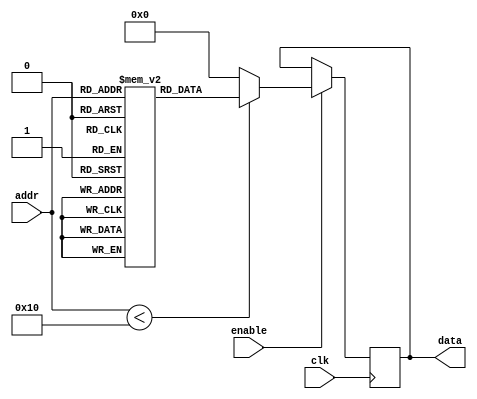
module Parameterized_ROM #(
    parameter ADDR_WIDTH = 4,  // Address width
    parameter DATA_WIDTH = 8    // Data width
)(
    input  wire [ADDR_WIDTH-1:0] addr,   // Address input
    input  wire clk,                     // Clock input
    input  wire enable,                  // Enable input
    output reg  [DATA_WIDTH-1:0] data    // Data output
);

    // Internal memory declaration
    reg [DATA_WIDTH-1:0] memory [(2**ADDR_WIDTH)-1:0];

    // Initialize the memory with predefined values
    initial begin
        // Example initialization, modify as needed
        memory[0]  = 8'hAA;
        memory[1]  = 8'hBB;
        memory[2]  = 8'hCC;
        memory[3]  = 8'hDD;
        memory[4]  = 8'hEE;
        memory[5]  = 8'hFF;
        memory[6]  = 8'h00;
        memory[7]  = 8'h11; // Adjust according to the address range
        // Add more initializations if needed
    end

    // Synchronous read operation
    always @(posedge clk) begin
        if (enable) begin
            if (addr < (2**ADDR_WIDTH)) begin
                data <= memory[addr]; // Read from memory
            end else begin
                data <= {DATA_WIDTH{1'b0}}; // Default value if address is out of range
            end
        end
    end

endmodule